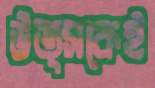
উত্সকেই